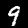
Digit: 9